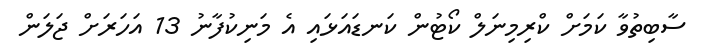
ސާބިތުވާ ކަމަށް ކްރިމިނަލް ކޯޓުން ކަނޑައަޅައި އެ މަނިކުފާނު 13 އަހަރަށް ޖަލަން